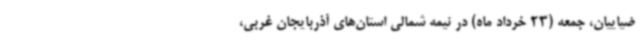
ضیاییان، جمعه (23 خرداد ماه) در نیمه شمالی استان‌های آذربایجان غربی،